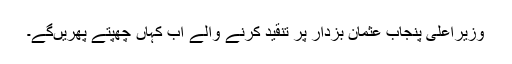
وزیراعلیٰ پنجاب عثمان بزدار پر تنقید کرنے والے اب کہاں چھپتے پھریںگے۔